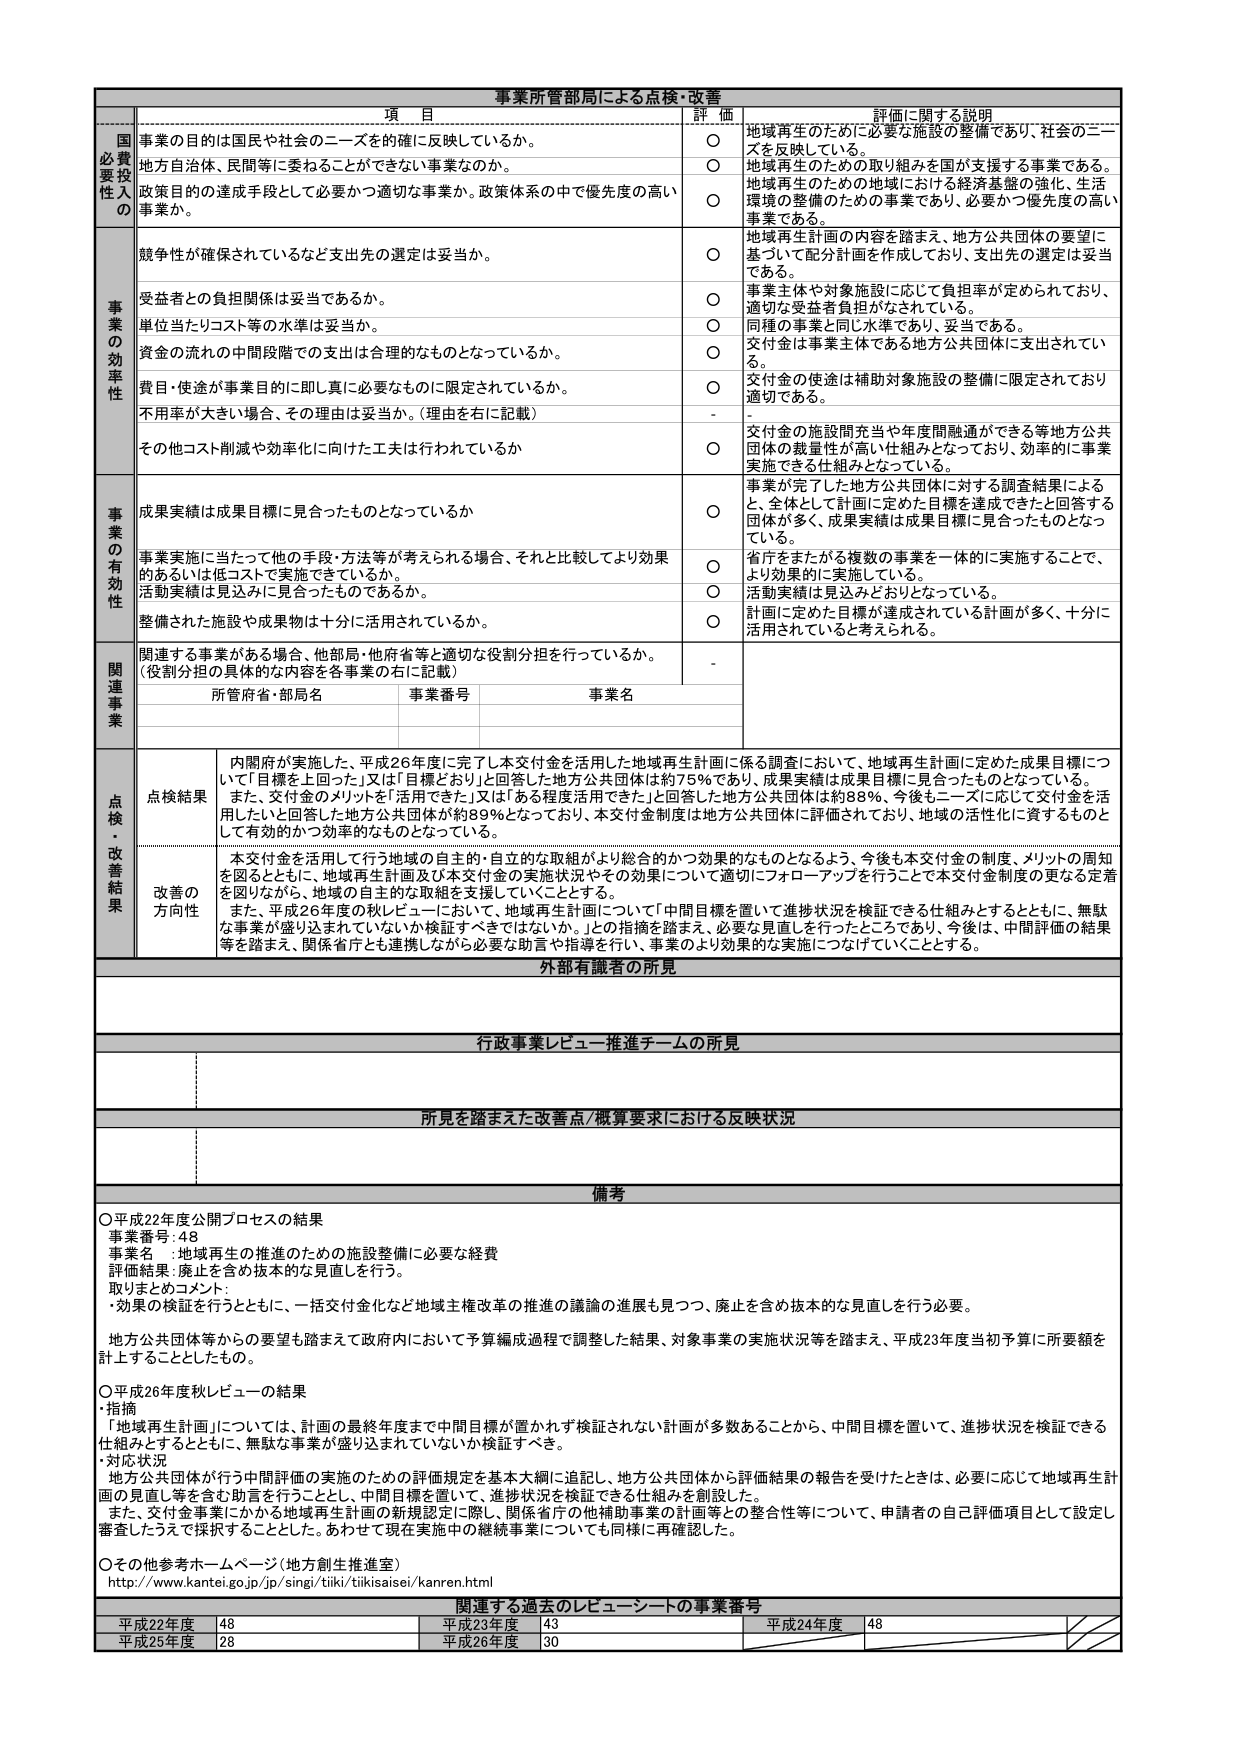
事業所管部局による点検・改善

項 目 詳 価 評価に関する説明

国 必要 投入 の 事業の目的は国民や社会のニーズを的確に反映しているか。 ○ 地域再生のために必要な施設の整備であり、社会のニーズを反映している。
地方自治体、民間等に委ねることができない事業なのか。 ○ 地域再生のための取り組みを国が支援する事業である。地域再生のための地域における経済基盤の強化、生活環境の整備のための事業であり、必要かつ優先度の高い事業である。
政策目的の達成手段として必要かつ適切な事業か。政策体系の中で優先度の高い事業か。 ○ 地域再生計画の内容を踏まえ、地方公共団体の要望に基づいて配分計画を作成しており、支出先の選定は妥当である。

事 業 の 効 率 性 競争性が確保されているなど支出先の選定は妥当か。 ○ 地域再生計画の内容を踏まえ、地方公共団体の要望に基づいて配分計画を作成しており、支出先の選定は妥当である。
受益者との負担関係は妥当であるか。 ○ 事業主体や対象施設に応じて負担率が定められており、適切な受益者負担がなされている。
単位当たりコスト等の水準は妥当か。 ○ 同種の事業と同じ水準であり、妥当である。
資金の流れの中間段階での支出は合理的なものとなっているか。 ○ 交付金は事業主体である地方公共団体に支出されている。
費用・使途が事業目的に即し真に必要なものに限定されているか。 ○ 交付金の使途は補助対象施設の整備に限定されており適切である。
不利用が大きい場合、その理由は妥当か。（理由を右に記載） -
その他コスト削減や効率化に向けた工夫は行われているか ○ 交付金の施設間充当や年度間融通ができる等地方公共団体の裁量性が高い仕組みとなっており、効率的に事業実施できる仕組みとなっている。

事 業 の 有 効 性 成果実績は成果目標に見合ったものとなっているか ○ 事業が完了した地方公共団体に対する調査結果によると、全体として計画に定めた目標を達成できたと回答する団体が多く、成果実績は成果目標に見合ったものとなっている。
事業実施に当たって他の手段・方法等が考えられる場合、それと比較してより効果的あるいは低コストで実施できているか。 ○ 省庁をまたがる複数の事業を一体的に実施することで、より効果的に実施している。
活動実績は見込みに見合ったものであるか。 ○ 活動実績は見込みどおりとなっている。
整備された施設や成果物は十分に活用されているか。 ○ 計画に定めた目標が達成されている計画が多く、十分に活用されていると考えられる。

関 連 事 業 関連する事業がある場合、他部局・他府省等と適切な役割分担を行っているか。（役割分担の具体的な内容を各事業の右に記載） -
所管府省・部局名 事業番号 事業名

点 検 ・ 改 善 結 果 点検結果 内閣府が実施した、平成26年度に完了し本交付金を活用した地域再生計画に係る調査において、地域再生計画に定めた成果目標について「目標を上回った」又は「目標どおり」と回答した地方公共団体は約75％であり、成果実績は成果目標に見合ったものとなっている。また、交付金のメリットを「活用できた」又は「ある程度活用できた」と回答した地方公共団体は約88％、今後もニーズに応じて交付金を活用したいと回答した地方公共団体が約89％となっており、本交付金制度は地方公共団体に評価されており、地域の活性化に資するものとして有効かつ効率的なものとなっている。
改善の方向性 本交付金を活用して行う地域の自主的・自立的な取組がより総合的かつ効果的なものとなるよう、今後も本交付金の制度、メリットの周知を図るとともに、地域再生計画及び本交付金の実施状況やその効果について適切にフォローアップを行うことで本交付金制度の更なる定着を図りながら、地域の自主的な取組を支援していくこととする。また、平成26年度の秋レビューにおいて、地域再生計画について「中間目標を置いて進捗状況を検証できる仕組みとする」とともに、無駄な事業が盛り込まれていないか検証すべきではないか。」との指摘を踏まえ、必要な見直しを行ったところであり、今後は、中間評価の結果等を踏まえ、関係省庁とも連携しながら必要な助言や指導を行い、事業のより効果的な実施につなげていくこととする。

外部有識者の所見

行政事業レビュー推進チームの所見

所見を踏まえた改善点/概算要求における反映状況

備考
○平成22年度公開プロセスの結果
事業番号：48
事業名 ：地域再生の推進のための施設整備に必要な経費
評価結果：廃止を含む抜本的な見直しを行う。
取まとめコメント：
・効果の検証を行うとともに、一括交付金化など地域主権改革の推進の議論の進展も見つつ、廃止を含む抜本的な見直しを行う必要。
地方公共団体等からの要望も踏まえて政府内において予算編成過程で調整した結果、対象事業の実施状況等を踏まえ、平成23年度当初予算に所要額を計上することとしたもの。
○平成26年度秋レビューの結果
・指摘
「地域再生計画」については、計画の最終年度まで中間目標が置かれず検証されない計画が多数あることから、中間目標を置いて、進捗状況を検証できる仕組みとするとともに、無駄な事業が盛り込まれていないか検証すべき。
・対応状況
地方公共団体が行う中間評価の実施のための評価規定を基本大綱に追記し、地方公共団体から評価結果の報告を受けたときは、必要に応じて地域再生計画の見直し等を含む助言を行うこととし、中間目標を置いて、進捗状況を検証できる仕組みを創設した。
また、交付金事業にかかる地域再生計画の新規認定に際し、関係省庁の他補助事業の計画等との整合性等について、申請者の自己評価項目として設定し、審査したうえで採択することとした。あわせて現在実施中の継続事業についても同様に再確認した。
○その他参考ホームページ（地方創生推進室）
http://www.kantei.go.jp/jp/singi/tiiki/tiikisaisei/kanren.html

関連する過去のレビュー対象の事業番号
平成22年度 48 平成23年度 43 平成24年度 48
平成25年度 28 平成26年度 30